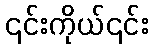
၎င်းကိုယ်၎င်း